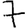
Digit: 7